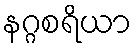
နဂ္ဂစရိယာ